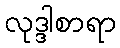
လုဒ္ဒါစာရာ